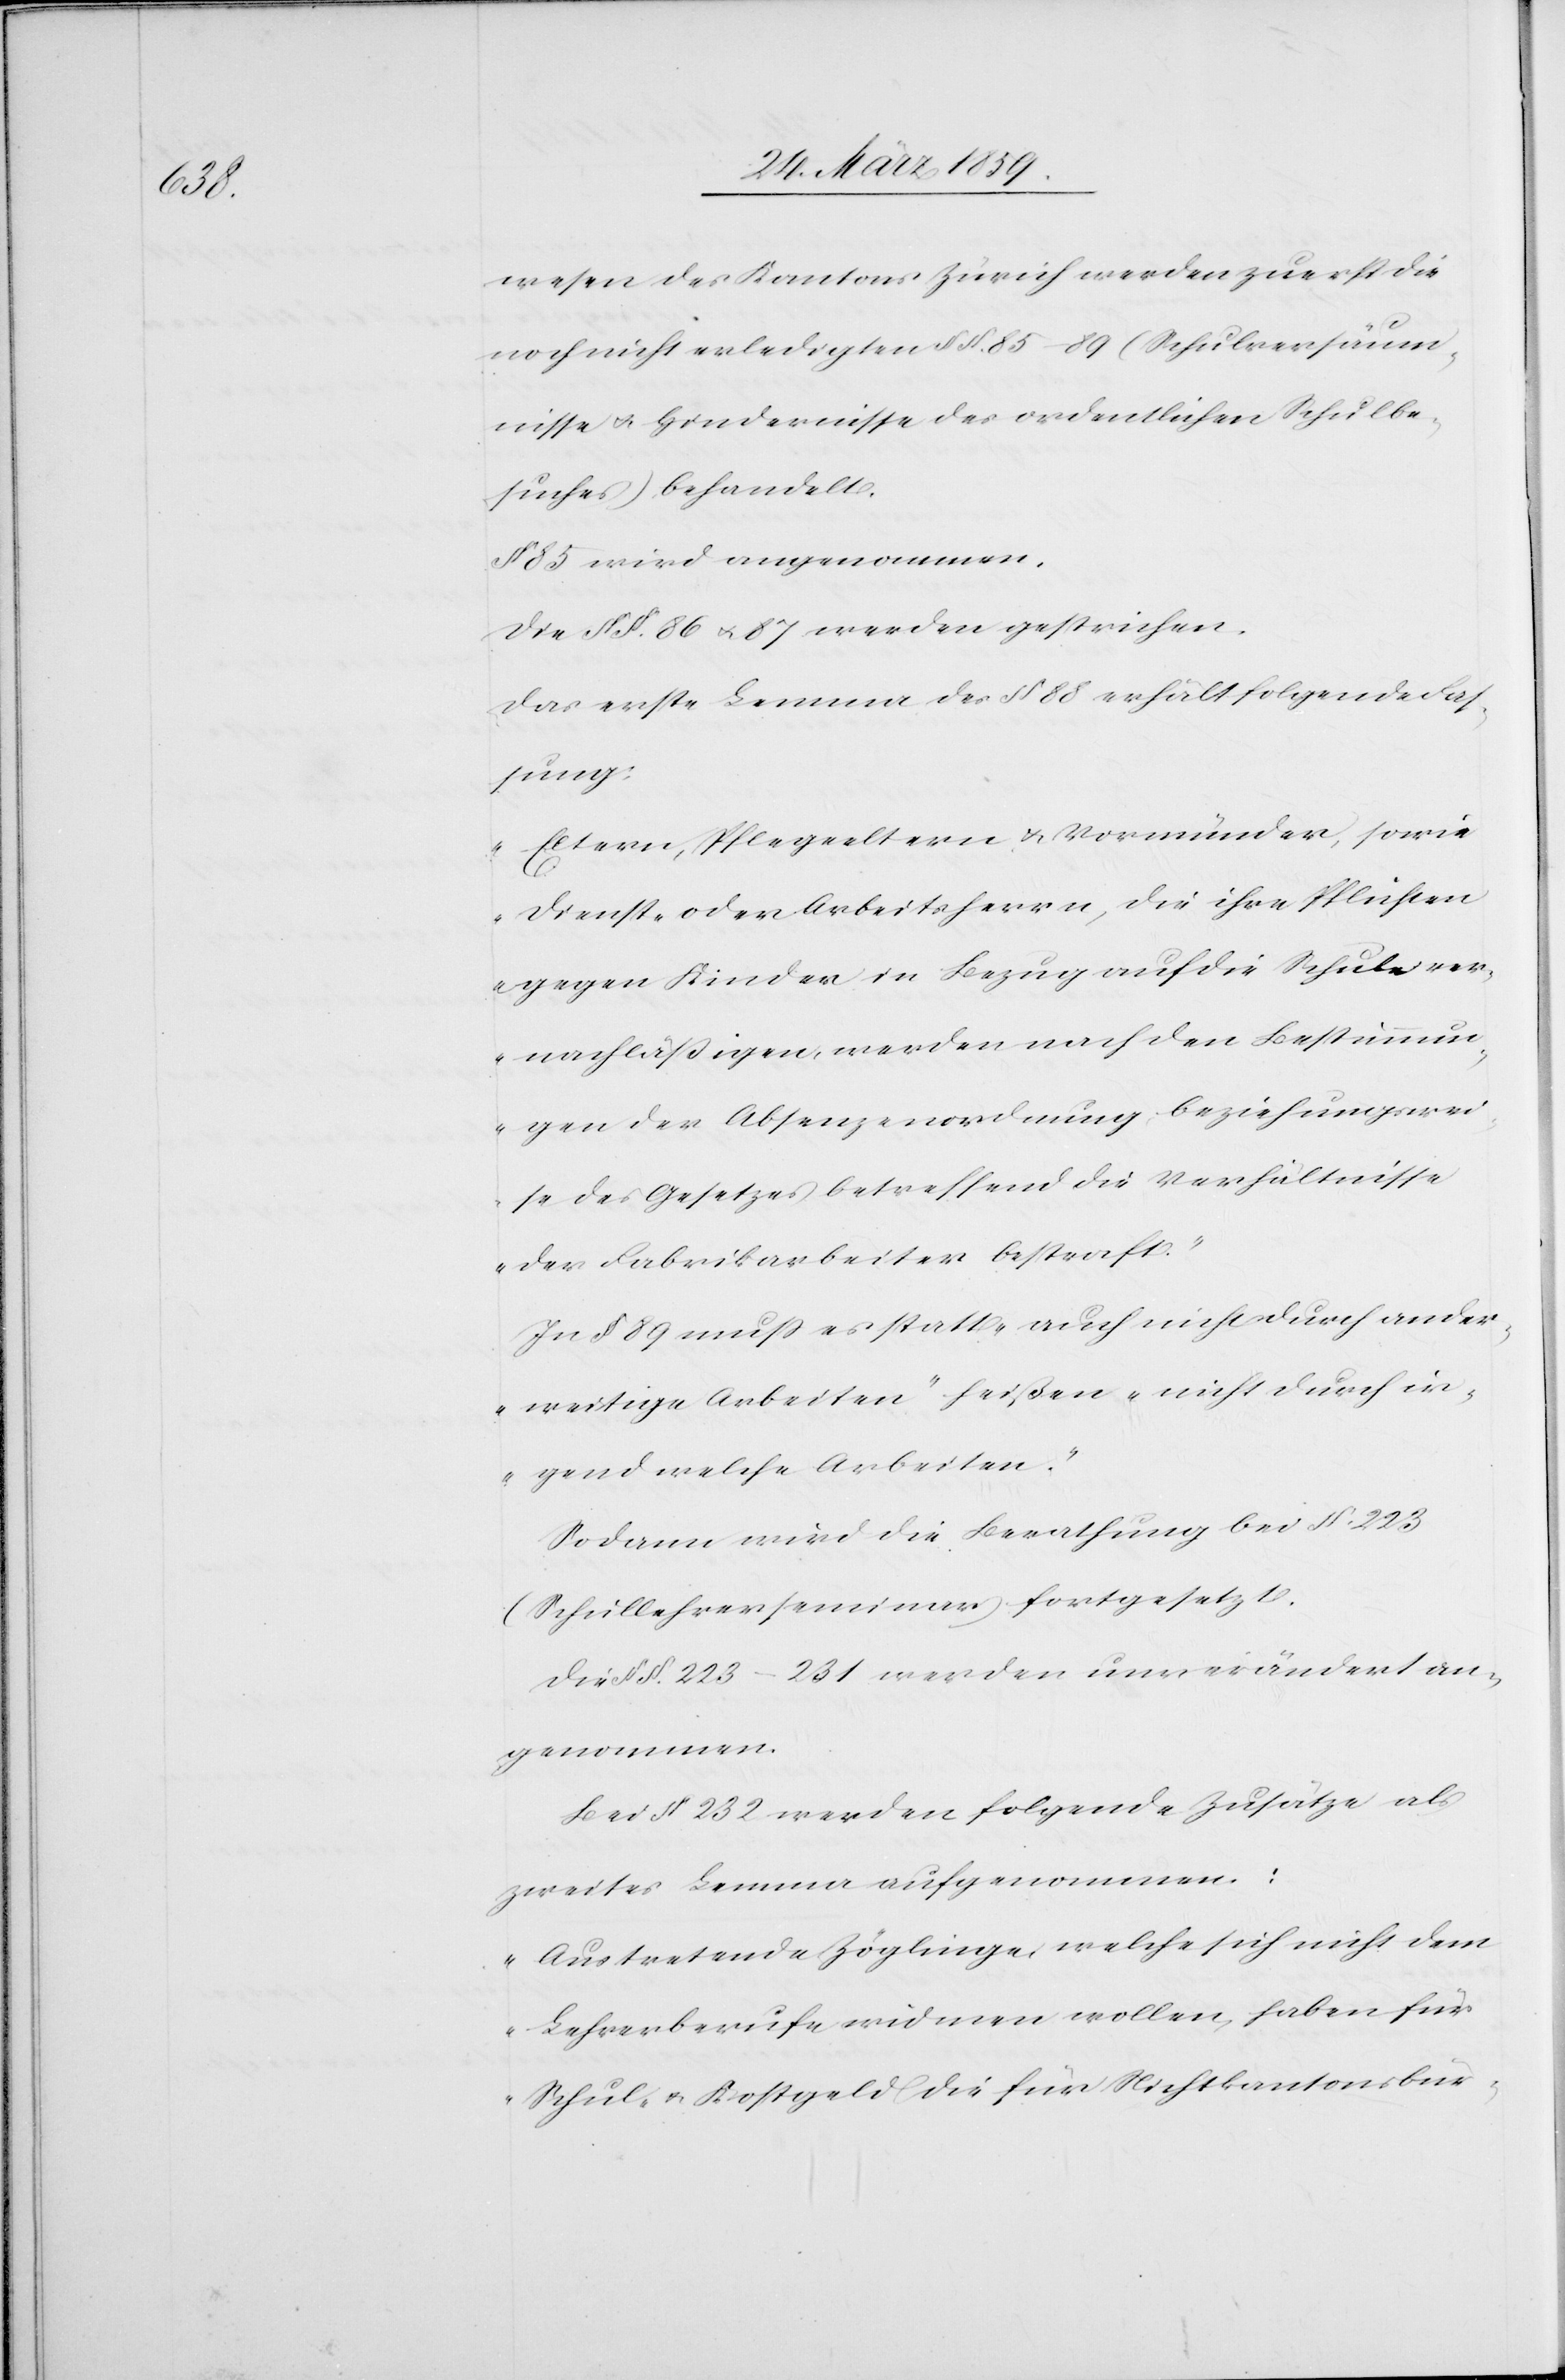
wesen des Kantons Zürich werden zuerst die
noch nicht erledigten § §. 85–89 (Schulversäum¬
nisse u. Hindernisse des ordentlichen Schulbe¬
suches), behandelt.
§ 85 wird angenommen.
Die § §. 86 u. 87 werden gestrichen.
Das erste Lemma des § 88 erhält folgende Fas¬
sung:
„Eltern, Pflegeeltern u. Vormünder, sowie
Dienst- oder Arbeitsherrn, die ihre Pflichten
gegen Kinder in Bezug auf die Schule ver¬
nachläßigen, werden nach den Bestimmun¬
gen der Absenzenordnung beziehungswei¬
se des Gesetzes betreffend die Verhältnisse
der Fabrikarbeiter bestraft.“
In § 89 muß es statt „auch nicht durch ander¬
weitige Arbeiten“ heißen „nicht durch ir¬
gend welche Arbeiten“.
Sodann wird die Berathung bei §. 223
(Schullehrerseminar) fortgesetzt.
Die § §. 223–231 werden unverändert an¬
genommen.
Bei § 232 werden folgende Zusätze als
zweites Lemma aufgenommen:
„Austretende Zöglinge, welche sich nicht dem
Lehrerberufe widmen wollen, haben für
Schul- u. Kostgeld die für Nichtkantonsbür-